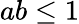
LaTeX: ab\leq 1